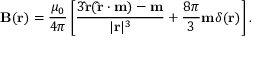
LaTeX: \mathbf { B } ( \mathbf { r } ) = { \frac { \mu _ { 0 } } { 4 \pi } } \left[ { \frac { 3 \mathbf { \hat { r } } ( \mathbf { \hat { r } } \cdot \mathbf { m } ) - \mathbf { m } } { | \mathbf { r } | ^ { 3 } } } + { \frac { 8 \pi } { 3 } } \mathbf { m } \delta ( \mathbf { r } ) \right] .